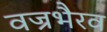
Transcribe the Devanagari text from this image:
वज्रभैरव